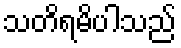
သတိရမိပါသည်